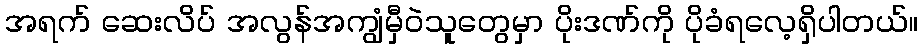
အရက် ဆေးလိပ် အလွန်အကျွံမှီဝဲသူတွေမှာ ပိုးဒဏ်ကို ပိုခံရလေ့ရှိပါတယ်။